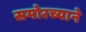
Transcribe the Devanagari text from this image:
समोरच्याने